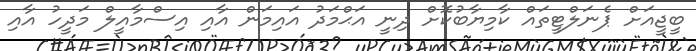
ބީޖީއަށް ޕެނަލްޓީތައް ކާމިޔާބުކޮށް ދިނީ އަޙްމަދު އައިމަން އާއި އިސްމާއީލް މަދީހު އާއި